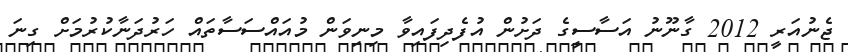
ޖެނުއަރީ 2012 ގާނޫނު އަސާސީގެ ދަށުން އުފެދިފައިވާ މިނިވަން މުއައްސަސާތައް ހަރުދަނާކުރުމަށް ގިނަ